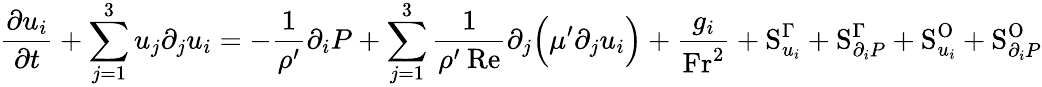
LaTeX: \frac{\partial u_{i}}{\partial t}+\sum_{j=1}^{3}u_{j}\partial_{j}u_{i}=-\frac{1}{\rho^{\prime}}\partial_{i}P+\sum_{j=1}^{3}\frac{1}{\rho^{\prime}\: \mathrm{Re}}\partial_{j}\Big(\mu^{\prime}\partial_{j}u_{i}\Big)+\frac{g_{i}}{\mathrm{Fr}^{2}}+\mathrm{S}_{u_{i}}^{\Gamma}+\mathrm{S}_{\partial_{i}P}^{\Gamma}+\mathrm{S}_{u_{i}}^{\mathrm{O}}+\mathrm{S}_{\partial_{i}P}^{\mathrm{O}}